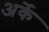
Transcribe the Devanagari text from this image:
अर्के